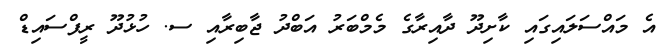
އެ މައްސަލައިގައި ކާށިދޫ ދާއިރާގެ މެމްބަރު އަބްދު ޖާބިރާއި ސ. ހުޅުދޫ ރީފްސައިޑް